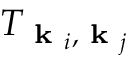
T _ { \textbf { k } _ { i } , \textbf { k } _ { j } }